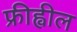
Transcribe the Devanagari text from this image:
फ्रीह्वील